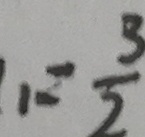
1 = \frac { 3 } { 2 }